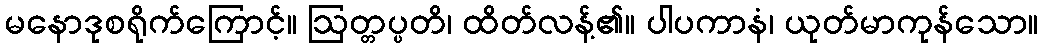
မနောဒုစရိုက်ကြောင့်။ ဩတ္တပ္ပတိ၊ ထိတ်လန့်၏။ ပါပကာနံ၊ ယုတ်မာကုန်သော။